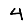
Digit: 4